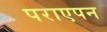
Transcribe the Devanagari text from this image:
पराएपन